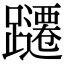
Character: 躚